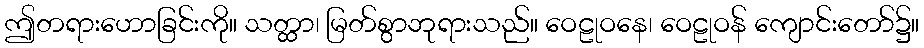
ဤတရားဟောခြင်းကို။ သတ္ထာ၊ မြတ်စွာဘုရားသည်။ ဝေဠုဝနေ၊ ဝေဠုဝန် ကျောင်းတော်၌။